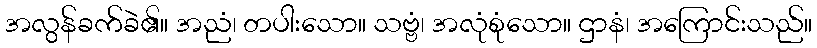
အလွန်ခက်ခဲ၏။ အညံ၊ တပါးသော။ သဗ္ဗံ၊ အလုံစုံသော။ ဌာနံ၊ အကြောင်းသည်။